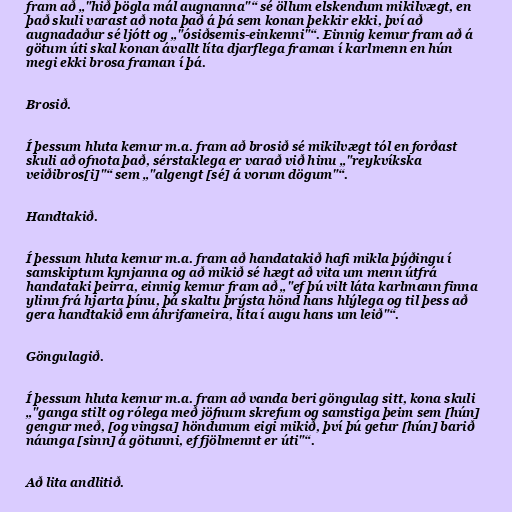
fram að „"hið þögla mál augnanna"“ sé öllum elskendum mikilvægt, en
það skuli varast að nota það á þá sem konan þekkir ekki, því að
augnadaður sé ljótt og „"ósiðsemis-einkenni"“. Einnig kemur fram að á
götum úti skal konan ávallt líta djarflega framan í karlmenn en hún
megi ekki brosa framan í þá.

Brosið.

Í þessum hluta kemur m.a. fram að brosið sé mikilvægt tól en forðast
skuli að ofnota það, sérstaklega er varað við hinu „"reykvíkska
veiðibros[i]"“ sem „"algengt [sé] á vorum dögum"“.

Handtakið.

Í þessum hluta kemur m.a. fram að handatakið hafi mikla þýðingu í
samskiptum kynjanna og að mikið sé hægt að vita um menn útfrá
handataki þeirra, einnig kemur fram að „"ef þú vilt láta karlmann finna
ylinn frá hjarta þínu, þá skaltu þrýsta hönd hans hlýlega og til þess að
gera handtakið enn áhrifameira, líta í augu hans um leið"“.

Göngulagið.

Í þessum hluta kemur m.a. fram að vanda beri göngulag sitt, kona skuli
„"ganga stilt og rólega með jöfnum skrefum og samstiga þeim sem [hún]
gengur með, [og vingsa] höndunum eigi mikið, því þú getur [hún] barið
náunga [sinn] á götunni, ef fjölmennt er úti"“.

Að lita andlitið.